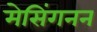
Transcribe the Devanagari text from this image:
मेसिंगनन